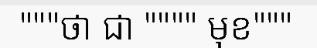
"""ថា ជា """" មុខ"""